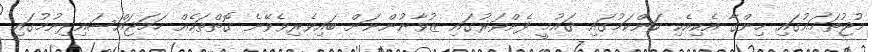
މުޖުތަމަޢުގައި ހިންގާ އެކިއެކި ކަންކަމުގައި ޤައުމީ ފެންވަރުގައި ޒުވާނުންނަށް ބައިވެރިވެވޭނެ ގޮތްތަކެއް ހަމަޖައްސައިދިނުމުގައި